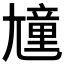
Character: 𡰒